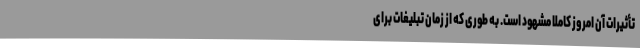
تأثیرات آن امروز کاملا مشهود است. به طوری که از زمان تبلیغات برای